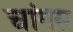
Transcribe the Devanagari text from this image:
चांगस